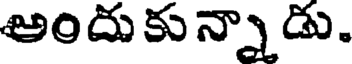
అందుకున్నాడు.